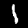
Label: 1